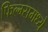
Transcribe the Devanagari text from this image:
फिल्म्समध्ये